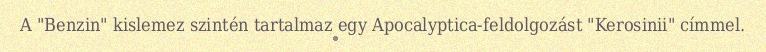
A "Benzin" kislemez szintén tartalmaz egy Apocalyptica-feldolgozást "Kerosinii" címmel.